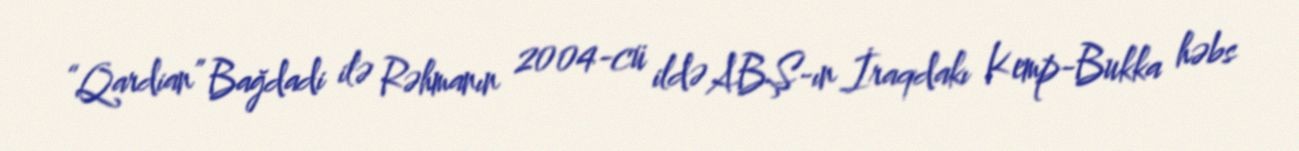
“Qardian” Bağdadi ilə Rəhmanın 2004-cü ildə ABŞ-ın İraqdakı Kemp-Bukka həbs